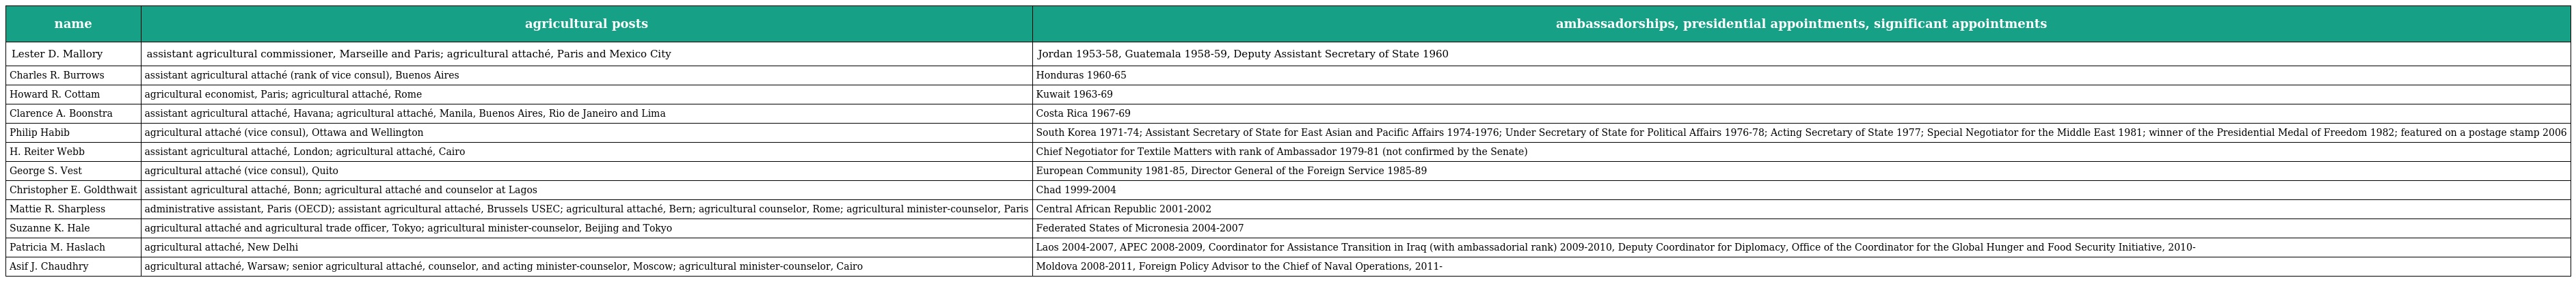
| name | agricultural posts | ambassadorships, presidential appointments, significant appointments |
 | --- | --- | --- |
 | Lester D. Mallory | assistant agricultural commissioner, Marseille and Paris; agricultural attaché, Paris and Mexico City | Jordan 1953-58, Guatemala 1958-59, Deputy Assistant Secretary of State 1960 |
 | Charles R. Burrows | assistant agricultural attaché (rank of vice consul), Buenos Aires | Honduras 1960-65 |
 | Howard R. Cottam | agricultural economist, Paris; agricultural attaché, Rome | Kuwait 1963-69 |
 | Clarence A. Boonstra | assistant agricultural attaché, Havana; agricultural attaché, Manila, Buenos Aires, Rio de Janeiro and Lima | Costa Rica 1967-69 |
 | Philip Habib | agricultural attaché (vice consul), Ottawa and Wellington | South Korea 1971-74; Assistant Secretary of State for East Asian and Pacific Affairs 1974-1976; Under Secretary of State for Political Affairs 1976-78; Acting Secretary of State 1977; Special Negotiator for the Middle East 1981; winner of the Presidential Medal of Freedom 1982; featured on a postage stamp 2006 |
 | H. Reiter Webb | assistant agricultural attaché, London; agricultural attaché, Cairo | Chief Negotiator for Textile Matters with rank of Ambassador 1979-81 (not confirmed by the Senate) |
 | George S. Vest | agricultural attaché (vice consul), Quito | European Community 1981-85, Director General of the Foreign Service 1985-89 |
 | Christopher E. Goldthwait | assistant agricultural attaché, Bonn; agricultural attaché and counselor at Lagos | Chad 1999-2004 |
 | Mattie R. Sharpless | administrative assistant, Paris (OECD); assistant agricultural attaché, Brussels USEC; agricultural attaché, Bern; agricultural counselor, Rome; agricultural minister-counselor, Paris | Central African Republic 2001-2002 |
 | Suzanne K. Hale | agricultural attaché and agricultural trade officer, Tokyo; agricultural minister-counselor, Beijing and Tokyo | Federated States of Micronesia 2004-2007 |
 | Patricia M. Haslach | agricultural attaché, New Delhi | Laos 2004-2007, APEC 2008-2009, Coordinator for Assistance Transition in Iraq (with ambassadorial rank) 2009-2010, Deputy Coordinator for Diplomacy, Office of the Coordinator for the Global Hunger and Food Security Initiative, 2010- |
 | Asif J. Chaudhry | agricultural attaché, Warsaw; senior agricultural attaché, counselor, and acting minister-counselor, Moscow; agricultural minister-counselor, Cairo | Moldova 2008-2011, Foreign Policy Advisor to the Chief of Naval Operations, 2011- |